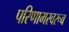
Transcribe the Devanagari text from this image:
परिणामस्वरूव